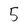
Character: 5